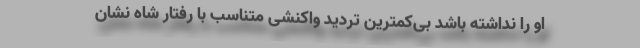
او را نداشته باشد بی‌کمترین تردید واکنشی متناسب با رفتار شاه نشان